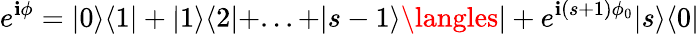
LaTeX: e^{\mathbf{i}\phi}=|0\rangle\langle1|+|1\rangle\langle2|+...+|s-1\rangle\langles|+e^{\mathbf{i}(s+1)\phi_{0}}|s\rangle\langle0|